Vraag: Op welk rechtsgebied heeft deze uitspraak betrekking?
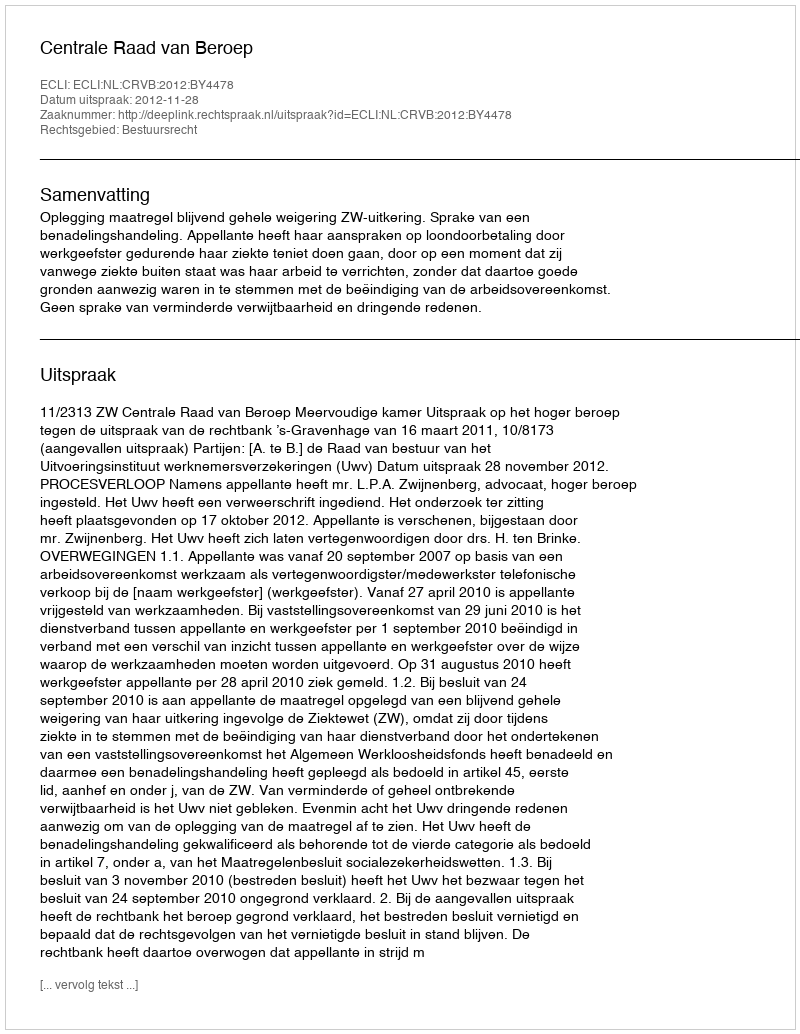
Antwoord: Bestuursrecht